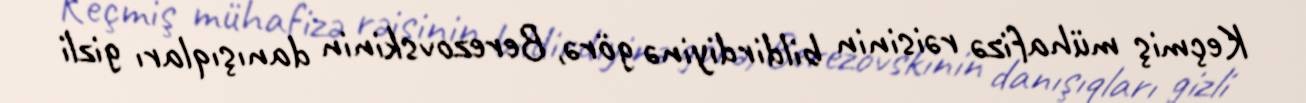
Keçmiş mühafizə rəisinin bildirdiyinə görə, Berezovskinin danışıqları gizli